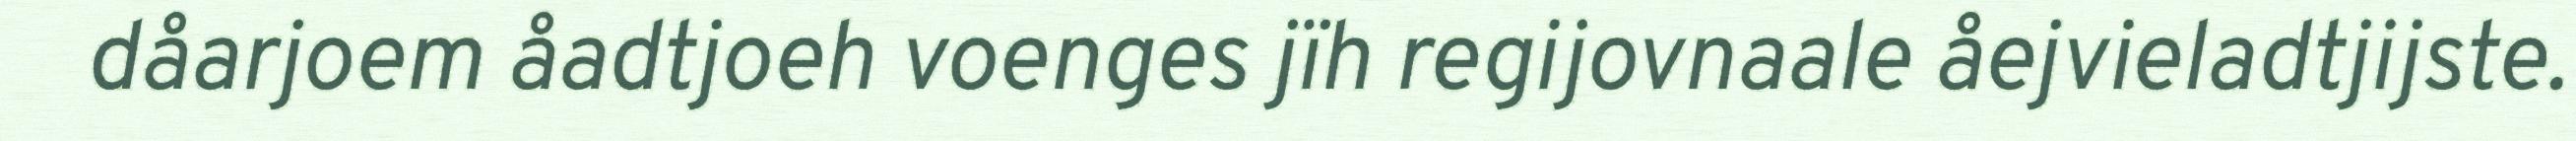
dåarjoem åadtjoeh voenges jïh regijovnaale åejvieladtjijste.